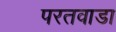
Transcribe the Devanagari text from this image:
परतवाडा